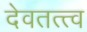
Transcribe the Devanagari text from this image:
देवतत्त्व